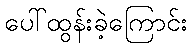
ပေါ်ထွန်းခဲ့ကြောင်း